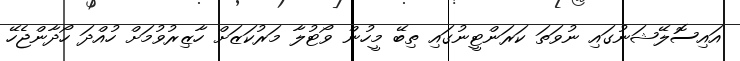
އައިސޮލޭޝަނުގައި ނުވަތަ ކަރަންޓީނުގައި ތިބޭ މީހުން ވޯޓުލާ މަރުކަޒަށް ހާޒިރުވުމަށް ހުއްދަ ހޯދާންޖެހޭ